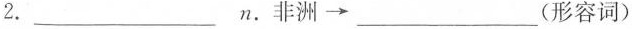
2.___n.非洲\longrightarrow ___(形容词)